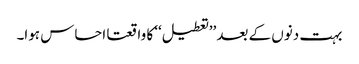
بہت دنوں کے بعد ’’تعطیل‘‘ کا واقعتا احساس ہوا۔